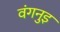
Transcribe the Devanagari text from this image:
वंगनुइ